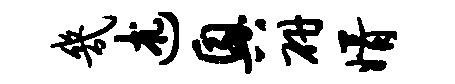
几述兴研婿